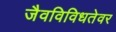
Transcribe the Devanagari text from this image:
जैवविविधतेवर